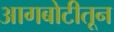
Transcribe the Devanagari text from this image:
आगबोटीतून